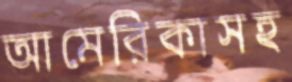
আমেরিকাসহ